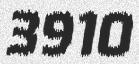
3910